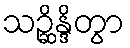
သဉ္ဆိန္ဒိတွာ